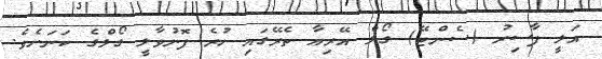
އަލީ ފާސިރު (ސެންޓޭ) ގޯލް އޭރިއާ ތެރޭގައި ހުރެ ފޮނުވާލީ ގޯލްގެ ކަނަށެވެ.